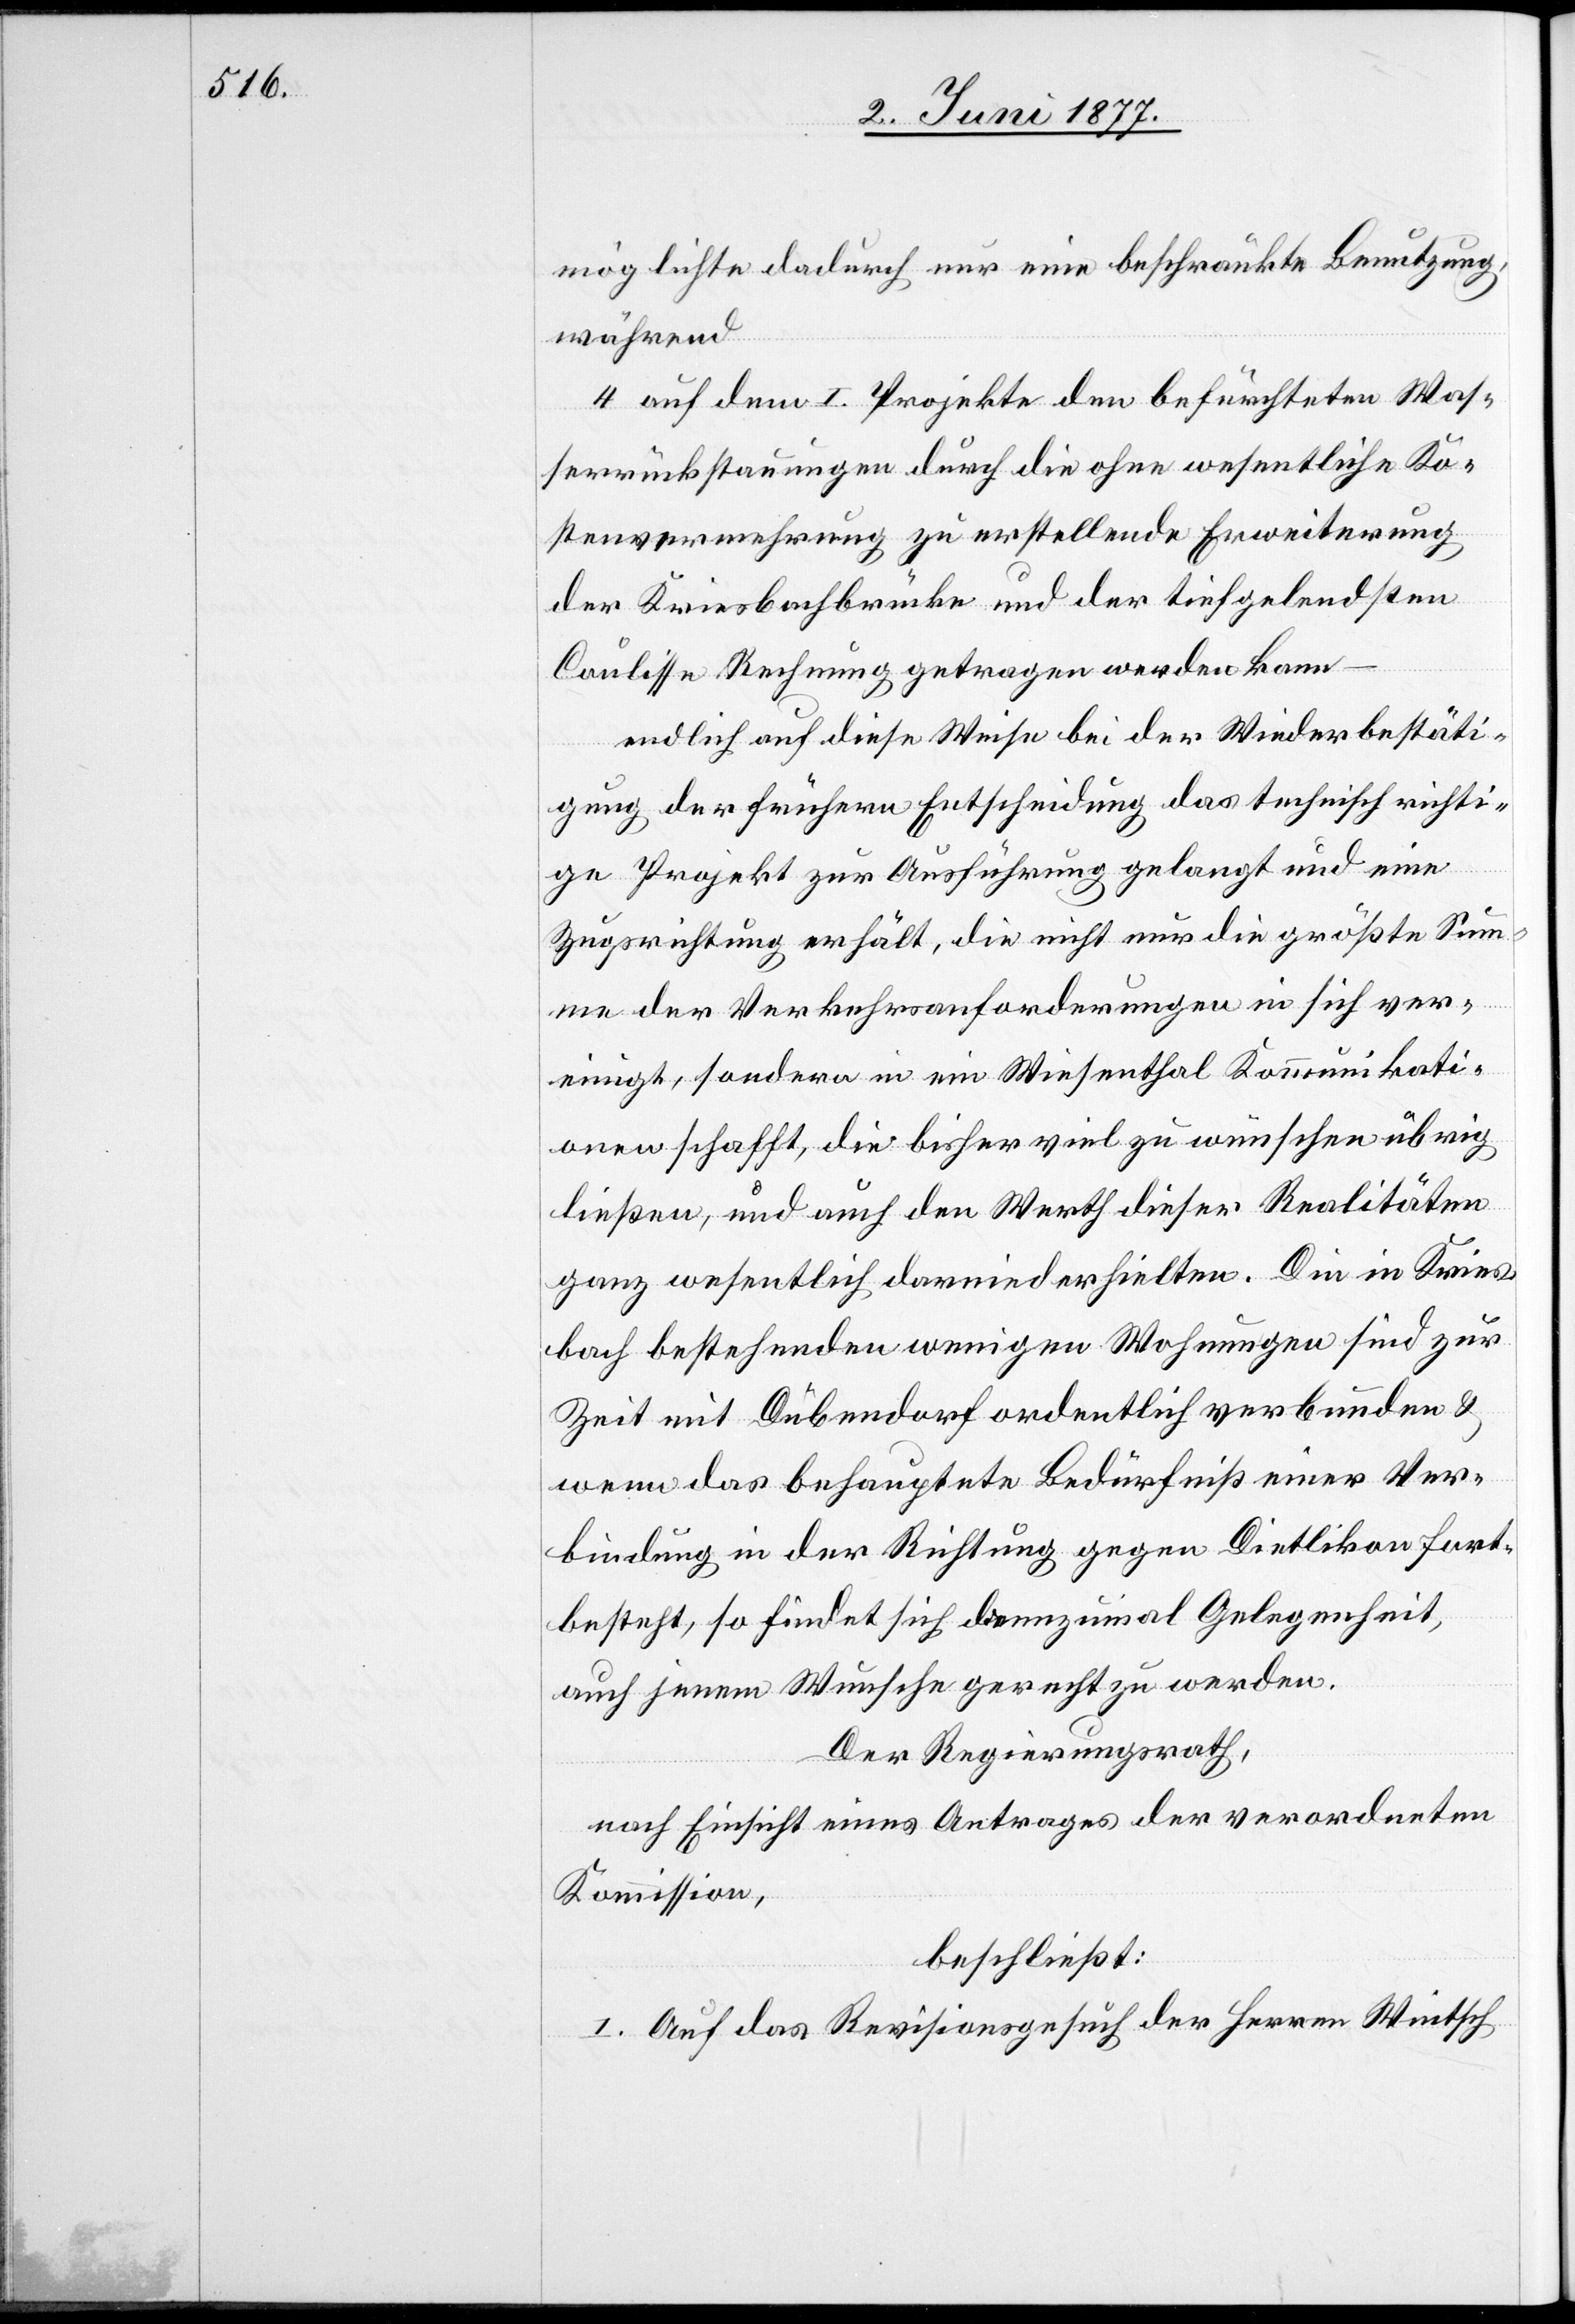
möglichte dadurch nur eine beschränkte Benutzung,
während
4. auf dem I. Projekte den befürchteten Was¬
serrückstauungen durch ohne wesentliche Ko¬
stenvermehrung zu erstellende Erweiterung
der Kriesbachbrücke und der tiefgelendsten
Coulisse Rechnung getragen werden kann
endlich auf diese Weise bei der Wiederbestäti¬
gung der frühern Entscheidung das technisch richti¬
ge Projekt zur Ausführung gelangt und eine
Zugsrichtung erhält, die nicht nur die größte Sum¬
me der Verkehrsanforderungen in sich ver¬
einigt, sondern in ein Wiesenthal Kommunikati¬
onen schafft, die bisher viel zu wünschen übrig
ließen, und auch den Werth dieser Realitäten
ganz wesentlich darniederhielten. Die in Kries¬
bach bestehenden wenigen Wohnungen sind zur
Zeit mit Dübendorf ordentlich verbunden &
wenn das behauptete Bedürfniß einer Ver¬
bindung in der Richtung gegen Dietlikon fort¬
besteht, so findet sich dannzumal Gelegenheit,
auch jenem Wunsche gerecht zu werden.
Der Regierungsrath,
nach Einsicht eines Antrages der verordneten
Kommission,
beschließt:
I. Auf das Revisionsgesuch der Herren Wintsch